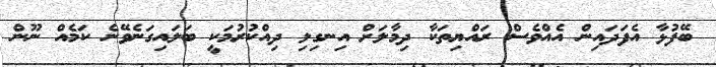
ބޭފުޅާ އެފަދައިން އެއްވެސް ރައްޔިތަކާ ދިމާލަށް އިނގިލި ދިއްކުރުމަކީ ބަލައިގަނެވޭނެ ކަމެއް ނޫން